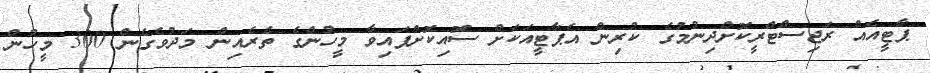
ޕާޓީއެއް ރަޖިސްޓްރީކޮށްދިނުމުގެ ކުރިން އެޕާޓީއަކަށް ސޮއިކޮށްފައިވާ މީހުންގެ ތެރެއިން މަދުވެގެން 300 މީހުން